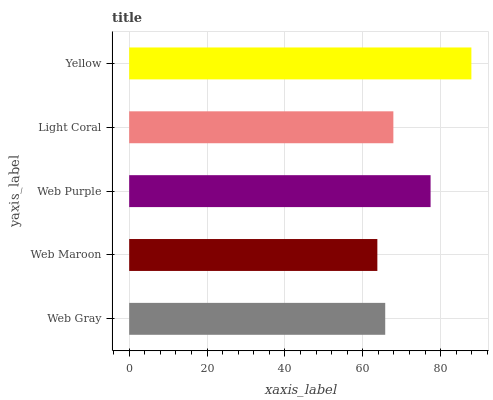
| yaxis_label | bars |
 | --- | --- |
 | Web Gray | 65.8 |
 | Web Maroon | 63.7 |
 | Web Purple | 77.4 |
 | Light Coral | 67.8 |
 | Yellow | 87.9 |